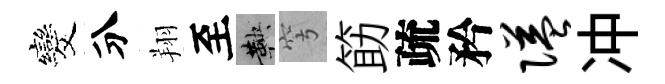
发分翔至鞅穹筯疏矜隘冲